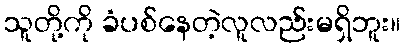
သူတို့ကို ခံပစ်နေတဲ့လူလည်းမရှိဘူး။